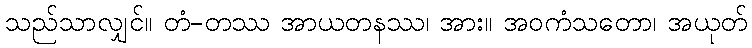
သည်သာလျှင်။ တံ-တဿ အာယတနဿ၊ အား။ အဝကံသတော၊ အယုတ်